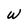
Character: W